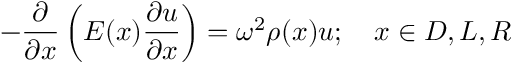
- \frac { \partial } { \partial x } \left( E ( x ) \frac { \partial u } { \partial x } \right) = \omega ^ { 2 } \rho ( x ) u ; \quad x \in D , L , R